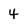
Character: 4